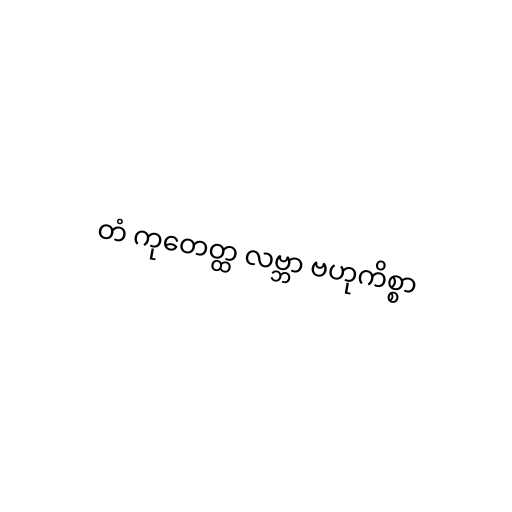
တံ ကုတေတ္ထ လဗ္ဘာ ဗဟုကိစ္စာ